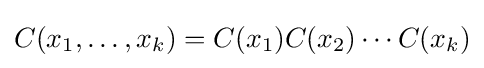
C(x_{1},\ldots ,x_{k})=C(x_{1})C(x_{2})\cdots C(x_{k})